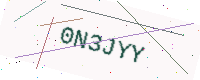
Text: 0N3JYY